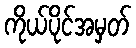
ကိုယ်ပိုင်အမှတ်